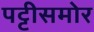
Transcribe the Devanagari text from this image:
पट्टीसमोर